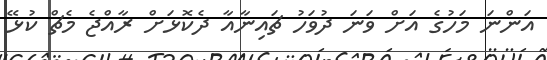
އަންނަ މަހުގެ އަށް ވަނަ ދުވަހު ޗައިނާއާ ދެކޮޅަށް ރާއްޖެ މެޗް ކުޅޭ